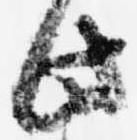
此